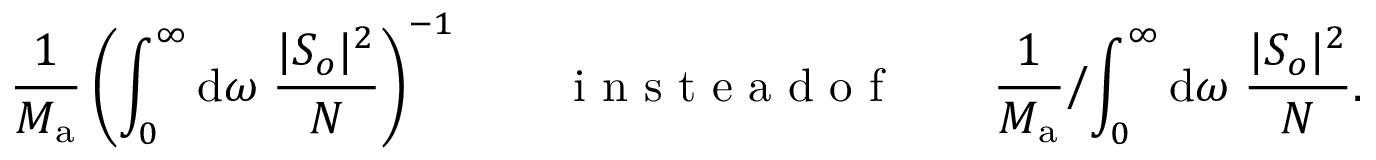
\frac { 1 } { M _ { \mathrm { a } } } \left( \int _ { 0 } ^ { \infty } \mathrm { d } \omega \; \frac { | S _ { o } | ^ { 2 } } { N } \right) ^ { - 1 } \qquad \mathrm { ~ i ~ n ~ s ~ t ~ e ~ a ~ d ~ o ~ f ~ } \qquad \frac { 1 } { M _ { \mathrm { a } } } \biggl / \int _ { 0 } ^ { \infty } \mathrm { d } \omega \; \frac { | S _ { o } | ^ { 2 } } { N } .